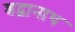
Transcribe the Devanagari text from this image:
श्रद्वानाथ